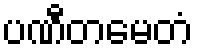
ပဏီတမေတံ